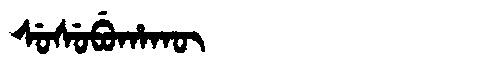
Manchu: ᠰᡠᠰᡠᠪᡠᡥᠠᡴᡡ
Romanization: SUSUBUHAKŪ